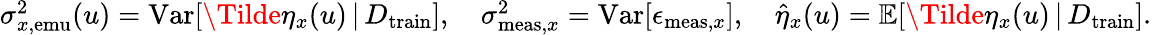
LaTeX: \begin{array}{r}{\sigma_{x,\mathrm{emu}}^{2}(u)=\mathrm{Var}[\Tilde{\eta}_{x}(u)\, \vert\, D_{\mathrm{train}}],\quad\sigma_{\mathrm{meas},x}^{2}=\mathrm{Var}[\epsilon_{\mathrm{meas},x}],\quad\hat{\eta}_{x}(u)=\mathbb{E}[\Tilde{\eta}_{x}(u)\, \vert\, D_{\mathrm{train}}].}\end{array}